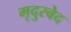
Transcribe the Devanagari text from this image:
मृदुस्वेद